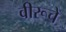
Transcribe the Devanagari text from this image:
वीरूचे